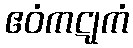
ဧဝံကဋုကံ